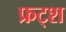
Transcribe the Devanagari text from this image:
फ्रट्श